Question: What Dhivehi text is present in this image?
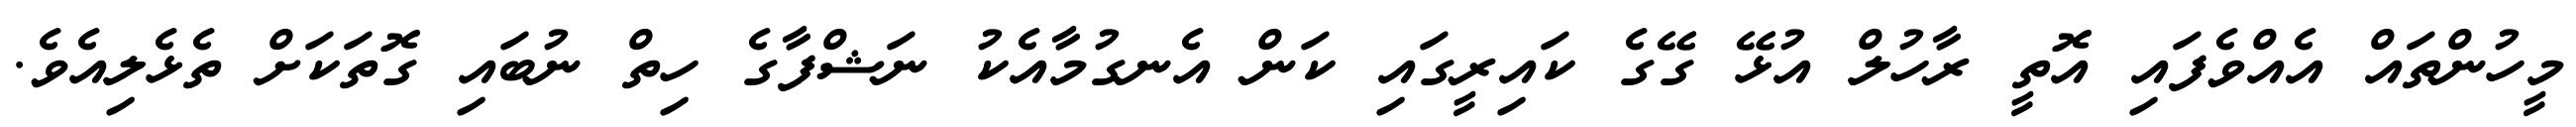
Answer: މީހުންތައް އެއްވެފައި އޮތީ ރާހުލް އުޅޭ ގޭގެ ކައިރީގައި ކަން އެނގުމާއެކު ނަޝްފާގެ ހިތް ނުބައި ގޮތަކަށް ތެޅެލިއެވެ.